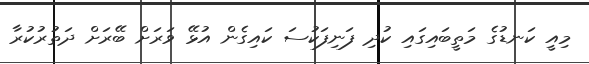
މިއީ ކަނޑުގެ މަތީބައިގައި ކުދި ފަނިފަކުސަ ކައިގެން އުޅޭ ވަރަށް ބޭރަށް ދަތުރުކުރާ